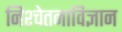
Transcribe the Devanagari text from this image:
निश्चेतनाविज्ञान